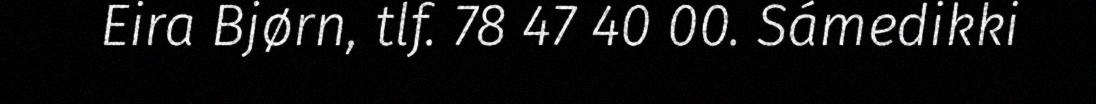
Eira Bjørn, tlf. 78 47 40 00. Sámedikki